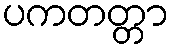
ပကတတ္တာ